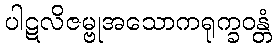
ပါဋလိဇမ္ဗုအသောကရုက္ခဝန္တံ